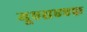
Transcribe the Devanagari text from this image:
यूएसएएफ़